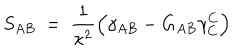
S _ { A B } \ = \ \frac { 1 } { \kappa ^ { 2 } } \Big ( \gamma _ { A B } - G _ { A B } \gamma _ { C } ^ { C } \Big )